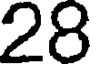
28